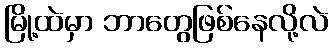
မြို့ထဲမှာ ဘာတွေဖြစ်နေလို့လဲ